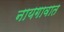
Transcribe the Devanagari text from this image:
नायगावात